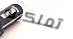
تملكينه